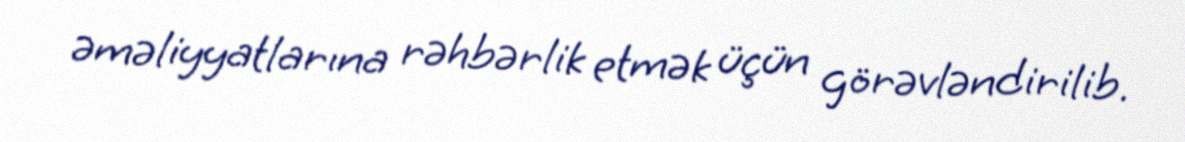
əməliyyatlarına rəhbərlik etmək üçün görəvləndirilib.